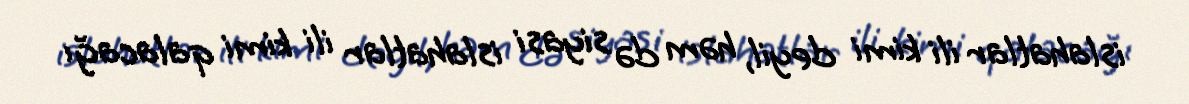
islahatlar ili kimi deyil, həm də siyasi islahatlar ili kimi qalacağı